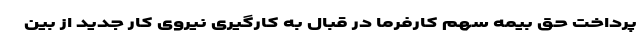
پرداخت حق بیمه سهم کارفرما در قبال به کارگیری نیروی کار جدید از بین